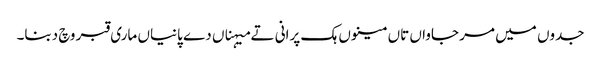
جدوں میں مر جاواں تاں مینوں ہک پرانی تے میہناں دے پانیاں ماری قبر وچ دبنا۔